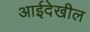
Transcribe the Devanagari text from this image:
आईदेखील